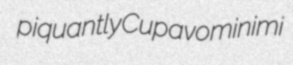
piquantly Cupavo minimi